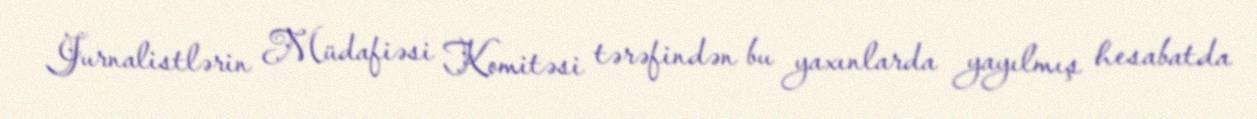
Jurnalistlərin Müdafiəsi Komitəsi tərəfindən bu yaxınlarda yayılmış hesabatda